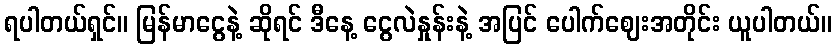
ရပါတယ်ရှင်။ မြန်မာငွေနဲ့ ဆိုရင် ဒီနေ့ ငွေလဲနှုန်းနဲ့ အပြင် ပေါက်ဈေးအတိုင်း ယူပါတယ်။